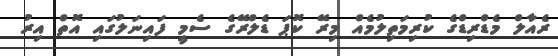
ރެއާލް މެޑްރިޑްގެ ކުރިމަތިލުމެއް މިރޭ ކޮޕަ ޑެލްރޭގެ ސެމީ ފައިނަލުގައި އޮތް އިރު